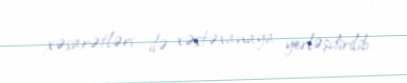
xəsarətləri ilə xəstəxanaya yerləşdirilib.